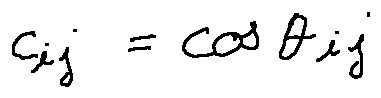
c _ { i j } = \cos \theta _ { i j }